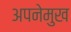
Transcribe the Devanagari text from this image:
अपनेमुख